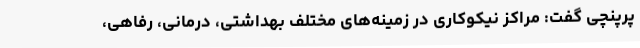
پرپنچی گفت: مراکز نیکوکاری در زمینه‌های مختلف بهداشتی، درمانی، رفاهی،